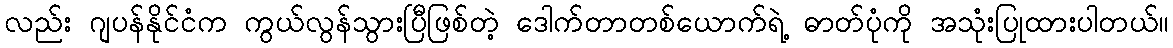
လည်း ဂျပန်နိုင်ငံက ကွယ်လွန်သွားပြီဖြစ်တဲ့ ဒေါက်တာတစ်ယောက်ရဲ့ ဓာတ်ပုံကို အသုံးပြုထားပါတယ်။